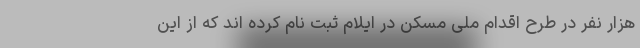
هزار نفر در طرح اقدام ملی مسکن در ایلام ثبت نام کرده اند که از این